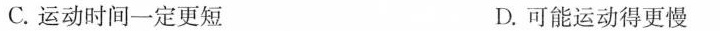
C.运动时间一定更短 D.可能运动得更慢